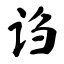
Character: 诌